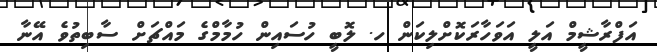
އަފްރާޝީމް އަލީ އަވަހާރަކޮށްލިކަން ހ. ލޮބީ ހުސައިން ހުމާމްގެ މައްޗަށް ސާބިތުވެ އޭނާ